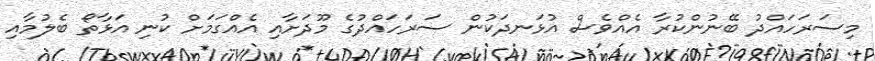
މިސަރަހައްދު ބޭނުންކުރާ އެއްވެސް އުޅަނދަކުން ސަރަހައްދުގެ މޫދަށާއި އެއްގަމަށް ކުނި އަޅާތޯ ބެލުމާއި